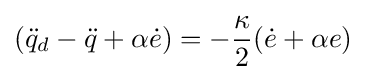
({\ddot {q}}_{d}-{\ddot {q}}+\alpha {\dot {e}})=-{\frac {\kappa }{2}}({\dot {e}}+\alpha e)